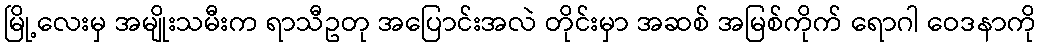
မြို့လေးမှ အမျိုးသမီးက ရာသီဥတု အပြောင်းအလဲ တိုင်းမှာ အဆစ် အမြစ်ကိုက် ရောဂါ ဝေဒနာကို